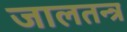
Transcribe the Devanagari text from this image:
जालतन्त्र